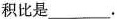
积比是___.